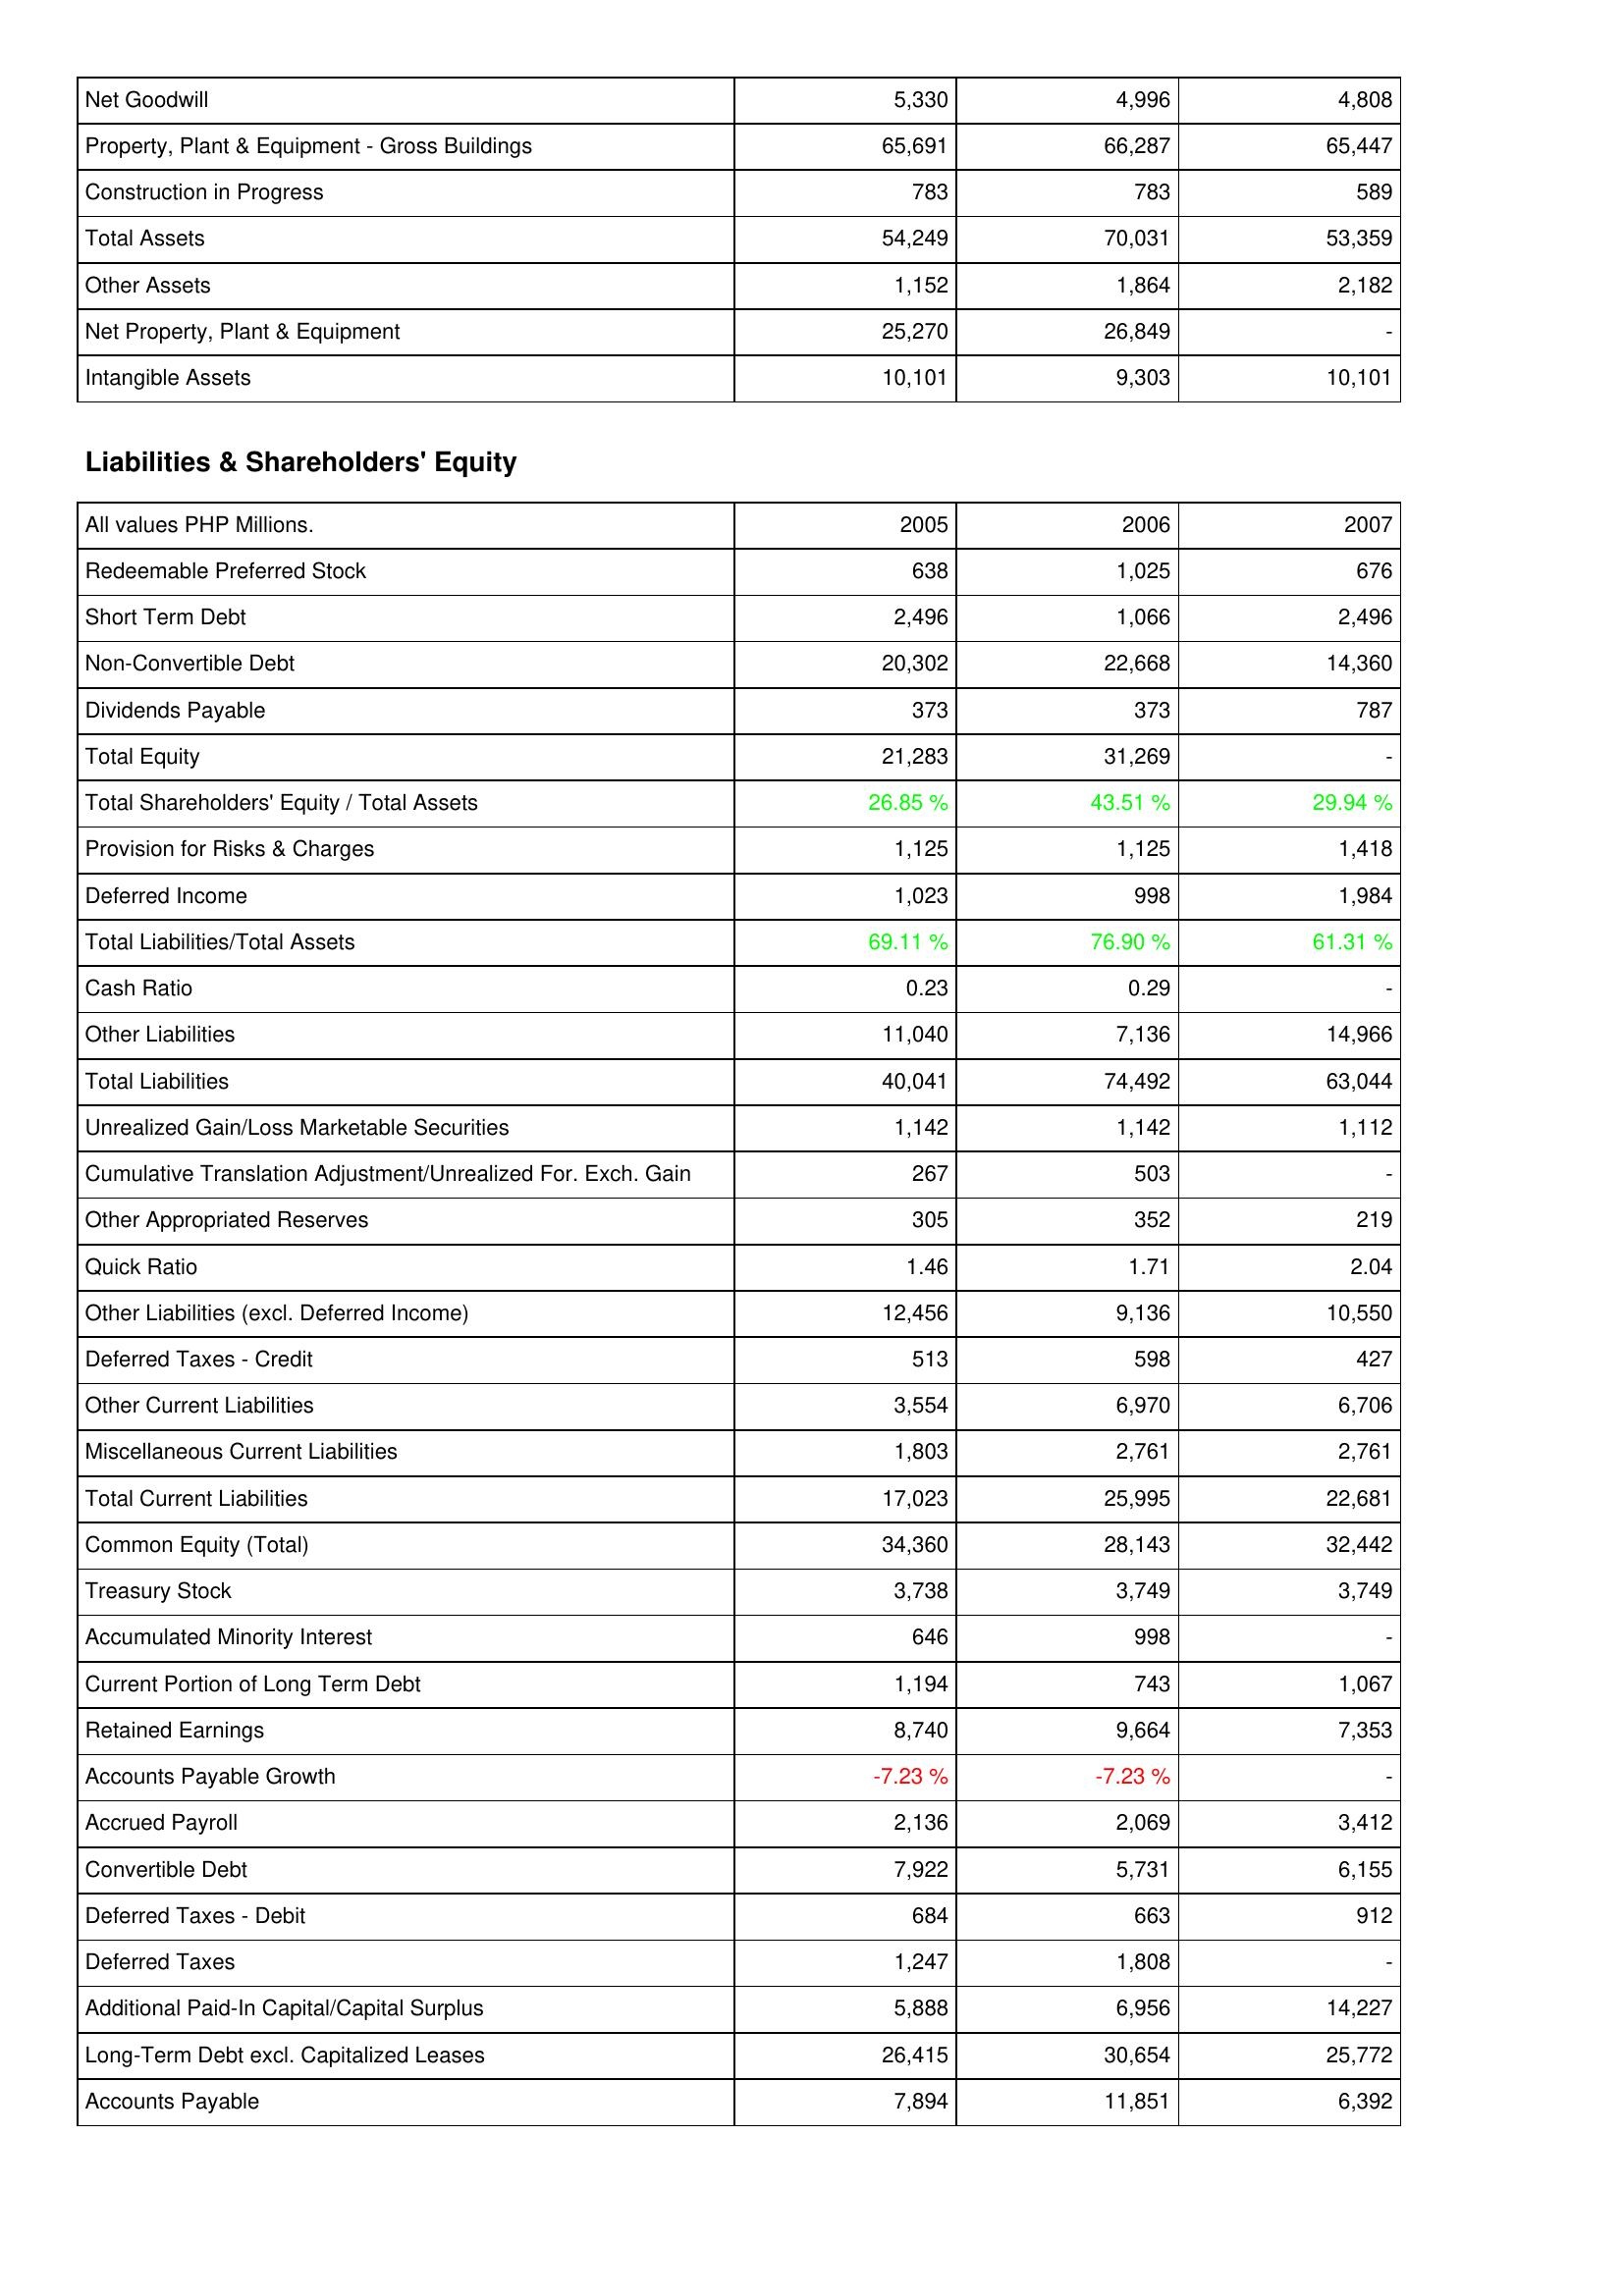
2005: Assets: Net Goodwill: 5,330
Property, Plant & Equipment - Gross Buildings: 65,691
Construction in Progress: 783
Total Assets: 54,249
Other Assets: 1,152
Net Property, Plant & Equipment: 25,270
Intangible Assets: 10,101
Liabilities & Shareholders' Equity: Redeemable Preferred Stock: 638
Short Term Debt: 2,496
Non-Convertible Debt: 20,302
Dividends Payable: 373
Total Equity: 21,283
Total Shareholders' Equity / Total Assets: 26.85 %
Provision for Risks & Charges: 1,125
Deferred Income: 1,023
Total Liabilities/Total Assets: 69.11 %
Cash Ratio: 0.23
Other Liabilities: 11,040
Total Liabilities: 40,041
Unrealized Gain/Loss Marketable Securities: 1,142
Cumulative Translation Adjustment/Unrealized For. Exch. Gain: 267
Other Appropriated Reserves: 305
Quick Ratio: 1.46
Other Liabilities (excl. Deferred Income): 12,456
Deferred Taxes - Credit: 513
Other Current Liabilities: 3,554
Miscellaneous Current Liabilities: 1,803
Total Current Liabilities: 17,023
Common Equity (Total): 34,360
Treasury Stock: 3,738
Accumulated Minority Interest: 646
Current Portion of Long Term Debt: 1,194
Retained Earnings: 8,740
Accounts Payable Growth: -7.23 %
Accrued Payroll: 2,136
Convertible Debt: 7,922
Deferred Taxes - Debit: 684
Deferred Taxes: 1,247
Additional Paid-In Capital/Capital Surplus: 5,888
Long-Term Debt excl. Capitalized Leases: 26,415
Accounts Payable: 7,894
2006: Assets: Net Goodwill: 4,996
Property, Plant & Equipment - Gross Buildings: 66,287
Construction in Progress: 783
Total Assets: 70,031
Other Assets: 1,864
Net Property, Plant & Equipment: 26,849
Intangible Assets: 9,303
Liabilities & Shareholders' Equity: Redeemable Preferred Stock: 1,025
Short Term Debt: 1,066
Non-Convertible Debt: 22,668
Dividends Payable: 373
Total Equity: 31,269
Total Shareholders' Equity / Total Assets: 43.51 %
Provision for Risks & Charges: 1,125
Deferred Income: 998
Total Liabilities/Total Assets: 76.90 %
Cash Ratio: 0.29
Other Liabilities: 7,136
Total Liabilities: 74,492
Unrealized Gain/Loss Marketable Securities: 1,142
Cumulative Translation Adjustment/Unrealized For. Exch. Gain: 503
Other Appropriated Reserves: 352
Quick Ratio: 1.71
Other Liabilities (excl. Deferred Income): 9,136
Deferred Taxes - Credit: 598
Other Current Liabilities: 6,970
Miscellaneous Current Liabilities: 2,761
Total Current Liabilities: 25,995
Common Equity (Total): 28,143
Treasury Stock: 3,749
Accumulated Minority Interest: 998
Current Portion of Long Term Debt: 743
Retained Earnings: 9,664
Accounts Payable Growth: -7.23 %
Accrued Payroll: 2,069
Convertible Debt: 5,731
Deferred Taxes - Debit: 663
Deferred Taxes: 1,808
Additional Paid-In Capital/Capital Surplus: 6,956
Long-Term Debt excl. Capitalized Leases: 30,654
Accounts Payable: 11,851
2007: Assets: Net Goodwill: 4,808
Property, Plant & Equipment - Gross Buildings: 65,447
Construction in Progress: 589
Total Assets: 53,359
Other Assets: 2,182
Net Property, Plant & Equipment: -
Intangible Assets: 10,101
Liabilities & Shareholders' Equity: Redeemable Preferred Stock: 676
Short Term Debt: 2,496
Non-Convertible Debt: 14,360
Dividends Payable: 787
Total Equity: -
Total Shareholders' Equity / Total Assets: 29.94 %
Provision for Risks & Charges: 1,418
Deferred Income: 1,984
Total Liabilities/Total Assets: 61.31 %
Cash Ratio: -
Other Liabilities: 14,966
Total Liabilities: 63,044
Unrealized Gain/Loss Marketable Securities: 1,112
Cumulative Translation Adjustment/Unrealized For. Exch. Gain: -
Other Appropriated Reserves: 219
Quick Ratio: 2.04
Other Liabilities (excl. Deferred Income): 10,550
Deferred Taxes - Credit: 427
Other Current Liabilities: 6,706
Miscellaneous Current Liabilities: 2,761
Total Current Liabilities: 22,681
Common Equity (Total): 32,442
Treasury Stock: 3,749
Accumulated Minority Interest: -
Current Portion of Long Term Debt: 1,067
Retained Earnings: 7,353
Accounts Payable Growth: -
Accrued Payroll: 3,412
Convertible Debt: 6,155
Deferred Taxes - Debit: 912
Deferred Taxes: -
Additional Paid-In Capital/Capital Surplus: 14,227
Long-Term Debt excl. Capitalized Leases: 25,772
Accounts Payable: 6,392